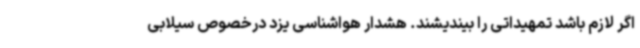
اگر لازم باشد تمهیداتی را بیندیشند. هشدار هواشناسی یزد درخصوص سیلابی